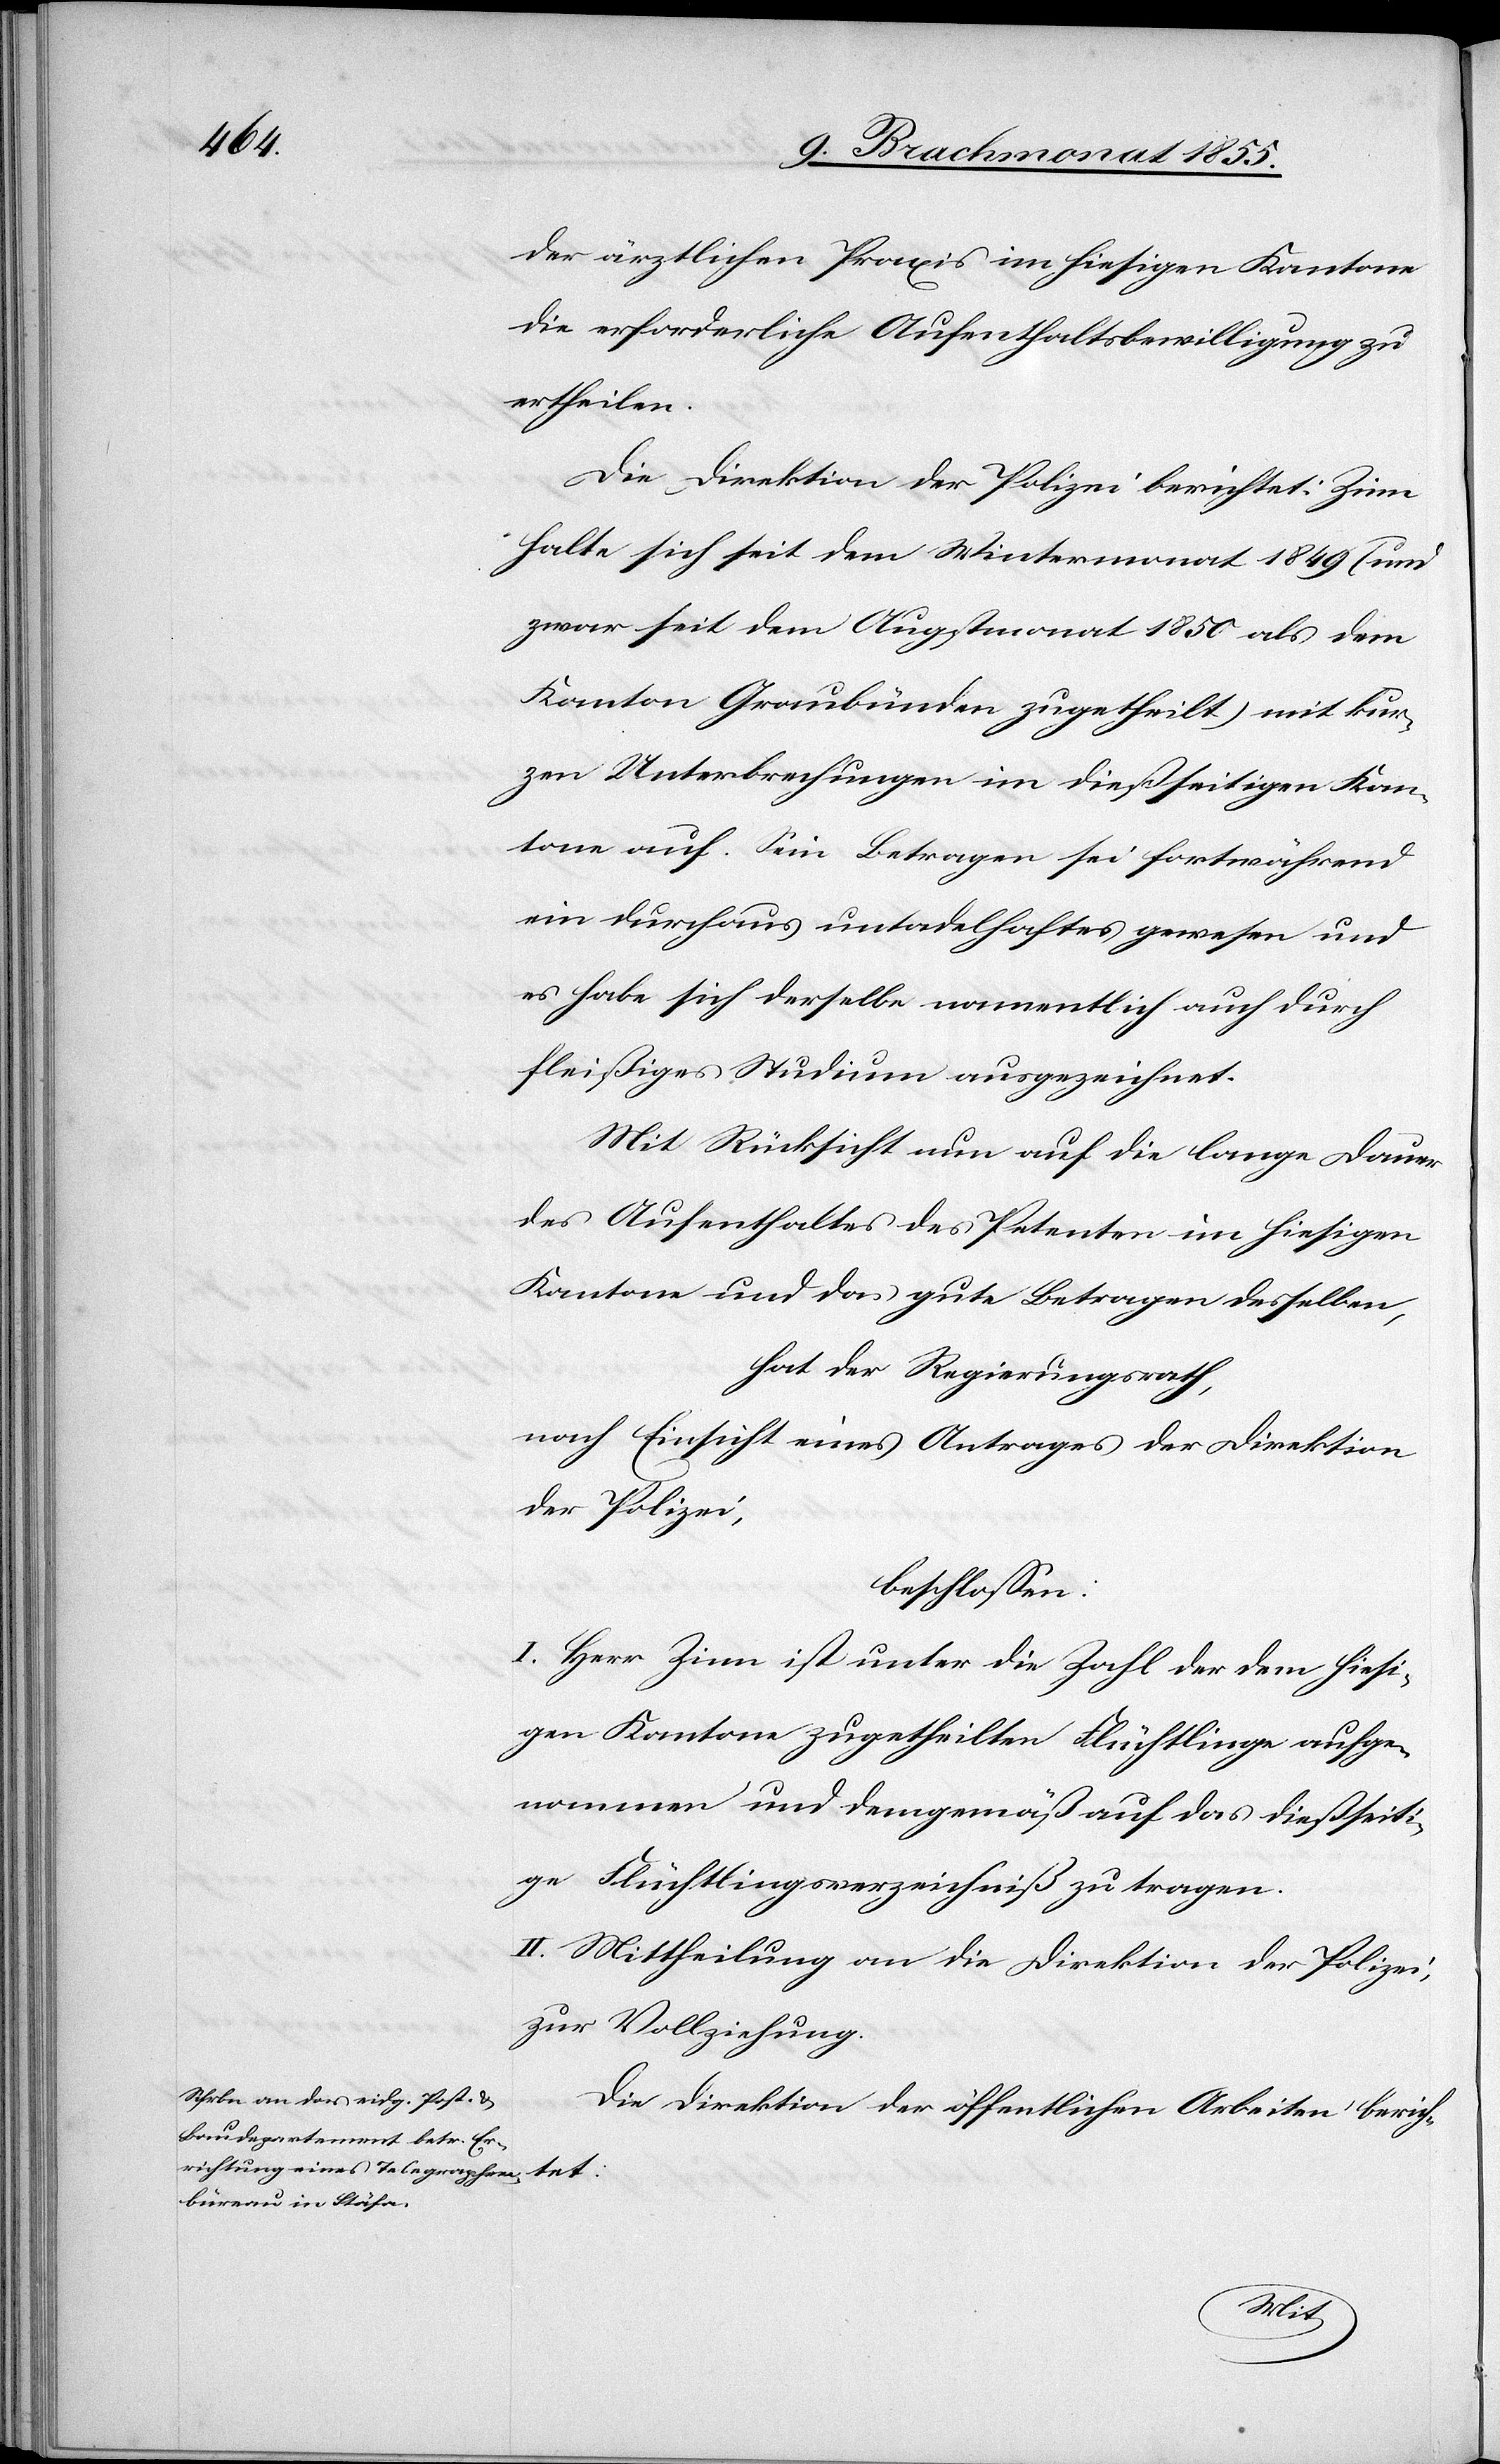
der ärztlichen Praxis im hiesigen Kantone
die erforderliche Aufenthaltsbewilligung zu
ertheilen.
Die Direktion der Polizei berichtet: Zinn
halte sich seit dem Wintermonat 1849 (und
zwar seit dem Augstmonat 1850 als dem
Kanton Graubünden zugetheilt) mit kur¬
zen Unterbrechungen im dießseitigen Kan¬
tone auf. Sein Betragen sei fortwährend
ein durchaus untadelhaftes gewesen und
es habe sich derselbe namentlich auch durch
fleißiges Studium ausgezeichnet.
Mit Rücksicht nun auf die lange Dauer
des Aufenthaltes des Petenten im hiesigen
Kanton und das gute Betragen desselben,
hat der Regierungsrath,
nach Einsicht eines Antrages der Direktion
der Polizei,
beschlossen:
I. Herr Zinn ist unter die Zahl der dem hiesi¬
gen Kantone zugetheilten Flüchtlinge aufge¬
nommen und demgemäß auf das dießseiti¬
ge Flüchtlingsverzeichniß zu tragen.
II. Mittheilung an die Direktion der Polizei,
zur Vollziehung.
Die Direktion der öffentlichen Arbeiten beric¬
htet: